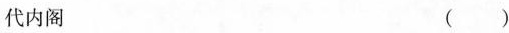
代内阁 ()